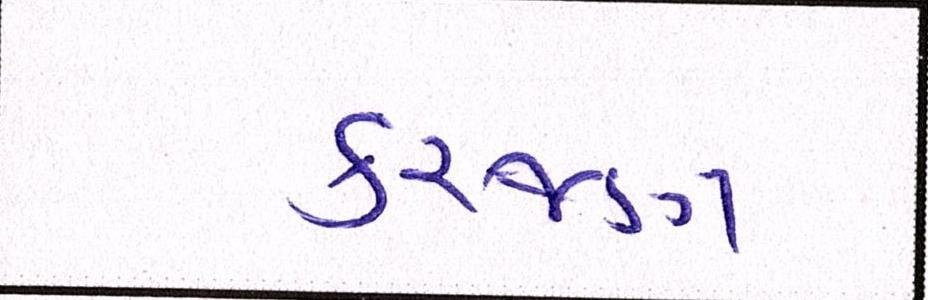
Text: કરજણ